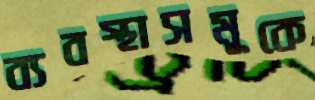
ব্যবস্থাসমূকে